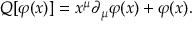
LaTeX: Q [ \varphi ( x ) ] = x ^ { \mu } \partial _ { \mu } \varphi ( x ) + \varphi ( x ) .